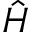
\hat { H }